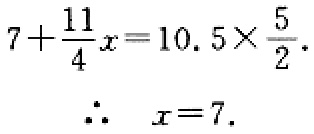
$7+\frac{11}{4}x = 10.5\times\frac{5}{2}.$
$\therefore\ \ x = 7.$